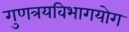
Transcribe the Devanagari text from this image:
गुणत्रयविभागयोग